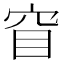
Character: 窅